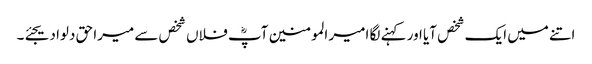
اتنے میں ایک شخص آیا اور کہنے لگا امیر المومنین آپؓ فلاں شخص سے میرا حق دلوا دیجئے۔